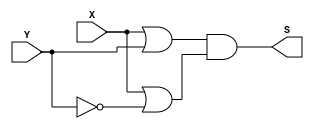
module PoS (output S,
input X, Y);
// MAXTERMOS
assign S = ( X | Y ) // 0
& ( X | ~Y ); // 3
endmodule // PoS

module SoP (output s,
input x, y);
// mintermos
assign s = ~x & y // 1
| x & ~y; // 2
endmodule // SoP

module fxy (output s,
input x, y);
assign s = ~x & y | x & ~y;
endmodule // fxy

module test_module;
reg x, y;
wire s1, s2, s3;
// instancias
fxy FXY1 (s1, x, y);
SoP SOP1 (s2, x, y);
PoS POS1 (s3, x, y);
// valores iniciais
initial begin: start
x=1'bx; y=1'bx; // indefinidos
end
// parte principal
initial begin: main
// identificacao
$display("Exemplo- xxx yyy zzz - 999999");
$display("Test boolean expression");
$display("\n s = x'&y + x&y'\n");
// monitoramento
$display(" x  y =  fxy SoP PoS");
$monitor("%2b %2b =  %2b  %2b  %2b", x, y, s1, s2, s3);
// sinalizacao
#1 x=0; y=0;
#1 x=0; y=1;
#1 x=1; y=0;
#1 x=1; y=1;
end
endmodule // test_module